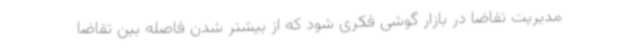
مدیریت تقاضا در بازار گوشی فکری شود که از بیشتر شدن فاصله بین تقاضا